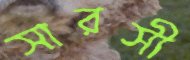
সারসী